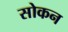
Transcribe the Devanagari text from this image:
सोकन